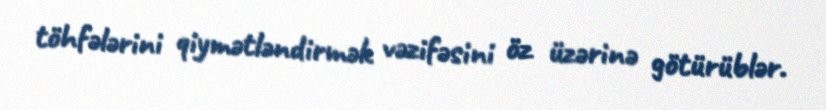
töhfələrini qiymətləndirmək vəzifəsini öz üzərinə götürüblər.